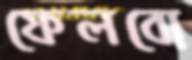
ফেলবো